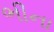
ભીના